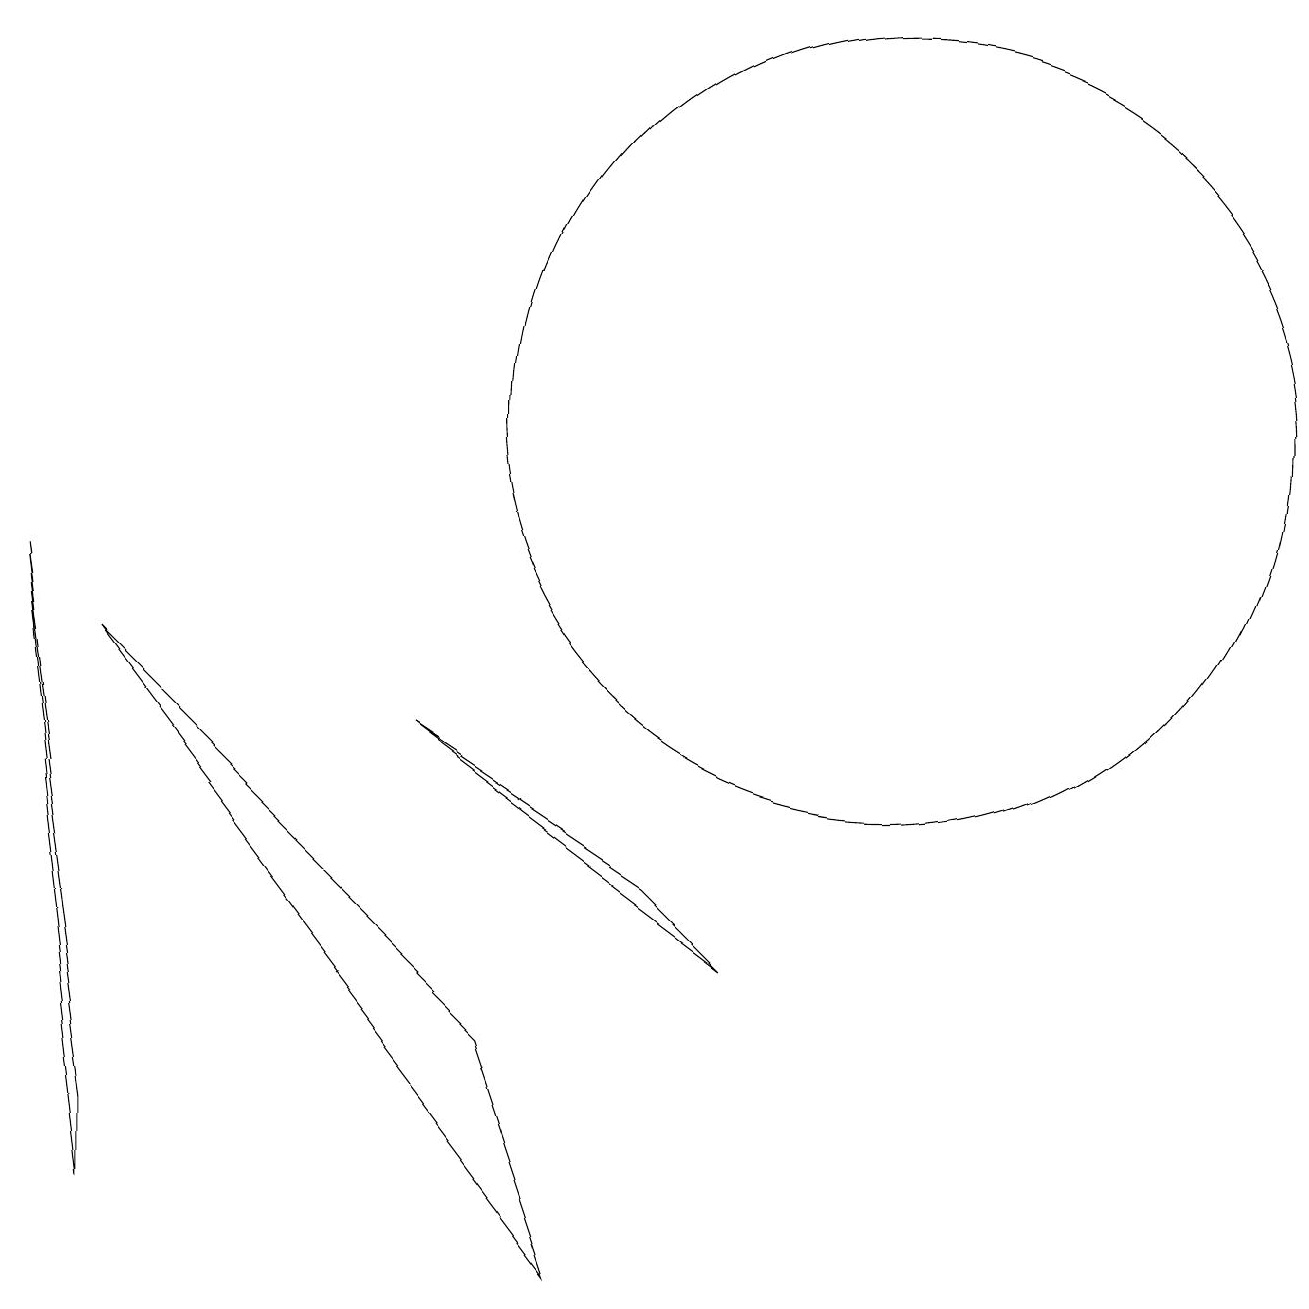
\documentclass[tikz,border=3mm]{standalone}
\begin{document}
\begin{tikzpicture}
\draw (6,3) -- (7,0) -- (1,8) -- cycle;
\draw (9,4) -- (8,5) -- (5,7) -- cycle;
\draw (0,9) -- (1,2) -- (1,1) -- cycle;
\draw (11,11) circle (5);
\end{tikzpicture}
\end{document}